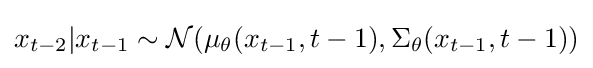
x_{t-2}|x_{t-1}\sim {\mathcal {N}}(\mu _{\theta }(x_{t-1},t-1),\Sigma _{\theta }(x_{t-1},t-1))